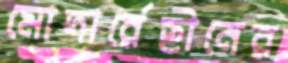
মোদার্রেছীনের